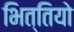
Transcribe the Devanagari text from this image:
भित्तियो